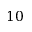
1 0